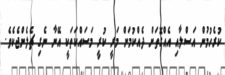
ކުރެހުމުން އަސްލާއި އެއްގޮތަށް ދެއްކުމަށް މަރީ ކުރީ މަސައްކަތަކީ އޭނާ ނެގި ޗެލެންޖެކެވެ.